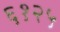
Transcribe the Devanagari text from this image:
६१२५